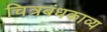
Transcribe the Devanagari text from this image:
चित्रबंधकाव्य